Lunatic asylums Punjab 1895-1910 - 1895-1910
Year: 1895
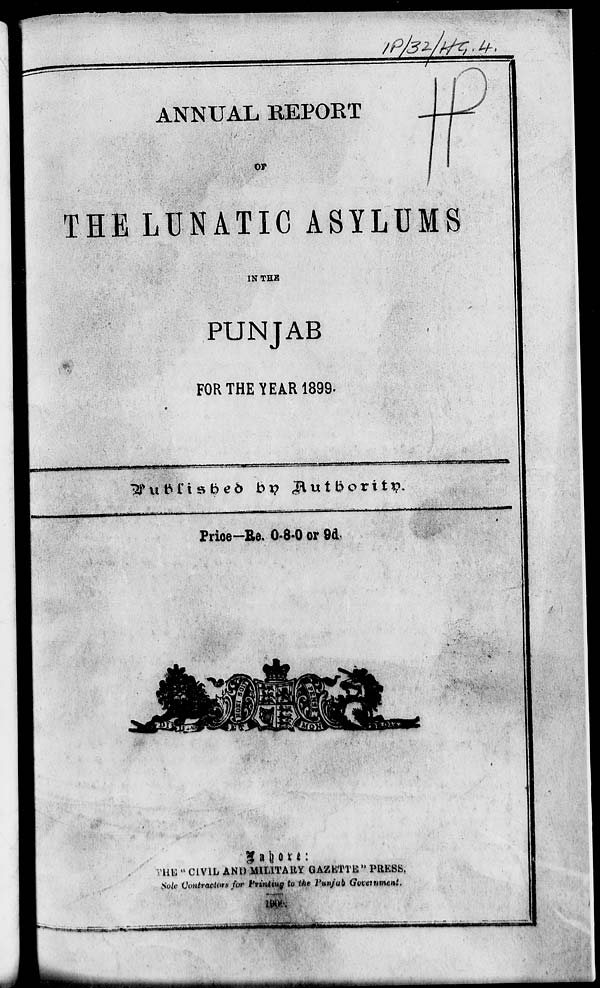
ANNUAL REPORT
OF
THE LUNATIC ASYLUMS
IN THE
PUNJAB
FOR THE YEAR 1899.
Published
by
Authority.
Price—Re. 0-8-0 or 9d.
Lahore:
THE "CIVIL AND MILITARY GAZETTE" PRESS.
Sole Contractors for Printing to the Punjab Government.
1909.